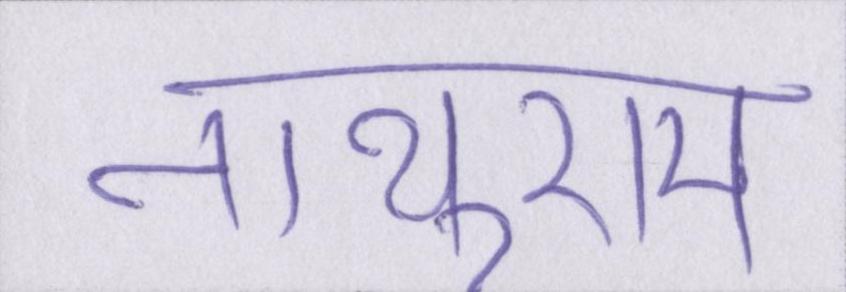
नाथूराम